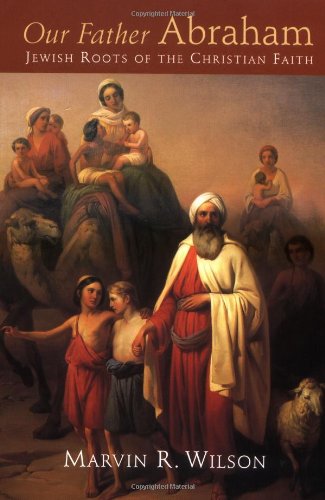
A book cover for Our Father Abraham: Jewish Roots of the Christian Faith; Marvin R. Wilson; Christian Books & Bibles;